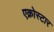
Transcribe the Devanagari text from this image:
एक्रोस्टार